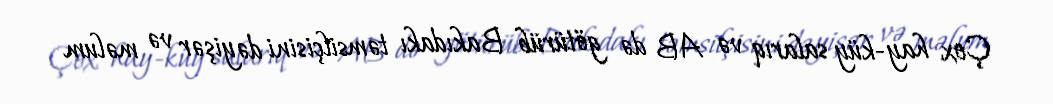
Çox hay-küy salarıq və AB də götürüb Bakıdakı təmsilçisini dəyişər və məlum